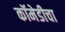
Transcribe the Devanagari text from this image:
कॉमेडीचा